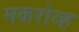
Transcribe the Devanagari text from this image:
मकरोव्ह